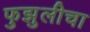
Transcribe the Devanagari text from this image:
फुझुलीचा